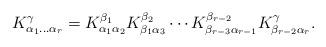
LaTeX: \begin{align*}K_{\alpha_{1}\ldots\alpha_{r}}^{\gamma}=K_{\alpha_{1}\alpha_{2}}^{\beta_{1}}K_{\beta_{1}\alpha_{3}}^{\beta_{2}}\cdots K_{\beta_{r-3}\alpha_{r-1}}^{\beta_{r-2}}K_{\beta_{r-2}\alpha_{r}}^{\gamma}. \end{align*}